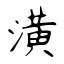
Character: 潢